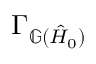
\Gamma _ { \mathbb { G } ( \hat { H } _ { 0 } ) }